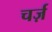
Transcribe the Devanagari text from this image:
चर्ज़